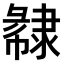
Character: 𨽽